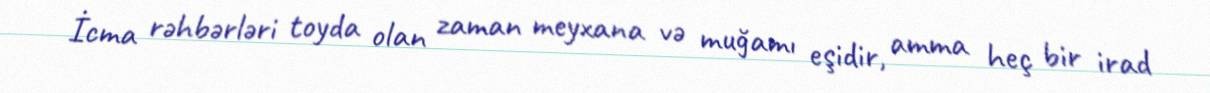
İcma rəhbərləri toyda olan zaman meyxana və muğamı eşidir, amma heç bir irad